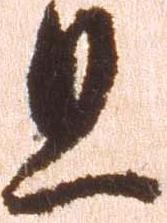
且